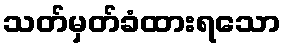
သတ်မှတ်ခံထားရသော